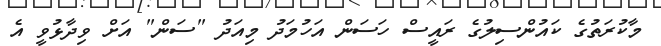
މާކުރަތުގެ ކައުންސިލުގެ ރައީސް ހަސަން އަހުމަދު މިއަދު "ސަން" އަށް ވިދާޅުވީ އެ